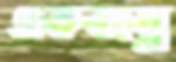
একবস্ত্রে